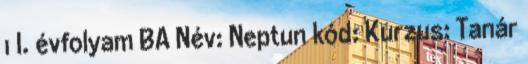
1 I. évfolyam BA Név: Neptun kód: Kurzus: Tanár